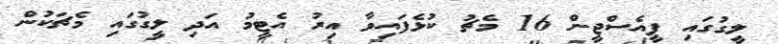
ލީގުގައި ޕީއެސްޖީން 16 މެޗު ކުޅެފައިވާ އިރު އެޓީމު އަދި ލީގުގައި މެޗަކުން